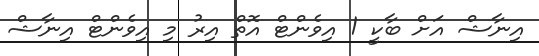
އިނާޝް އަށް ބާކީ 1 އިވެންޓް އޮތް އިރު މި އިވެންޓް އިނާޝް